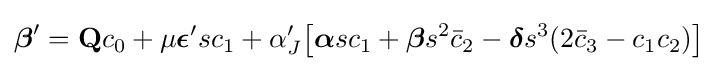
{\boldsymbol {\beta }}'=\mathbf {Q} c_{0}+\mu {\boldsymbol {\epsilon }}'sc_{1}+\alpha '_{J}{\big [}{\boldsymbol {\alpha }}sc_{1}+{\boldsymbol {\beta }}s^{2}{\bar {c}}_{2}-{\boldsymbol {\delta }}s^{3}(2{\bar {c}}_{3}-c_{1}c_{2}){\big ]}